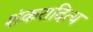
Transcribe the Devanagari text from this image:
शंकरादित्य